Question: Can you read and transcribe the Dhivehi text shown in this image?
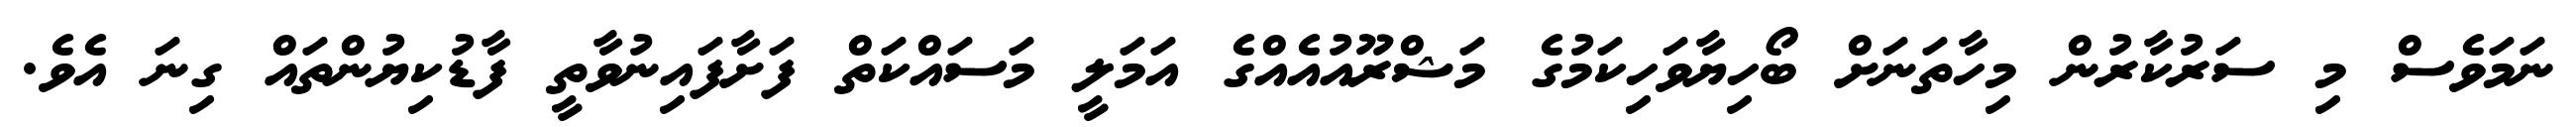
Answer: ނަމަވެސް މި ސަރުކާރުން މިހާތަނަށް ބޯހިޔާވަހިކަމުގެ މަޝްރޫއުއެއްގެ އަމަލީ މަސައްކަތް ފަށާފައިނުވާތީ ފާޑުކިޔުންތައް ގިނަ އެވެ.